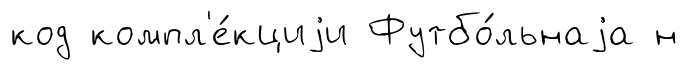
код компл'е́кциjи Футбо́льнаjа н